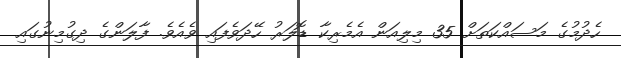
ހެދުމުގެ މަސައްކަތަށް 35 މިލިއަން އެމެރިކާ ޑޮލަރު ހޭދަވެފައި ވެއެވެ. ފާލަންގެ ދިގުމިނުގައި